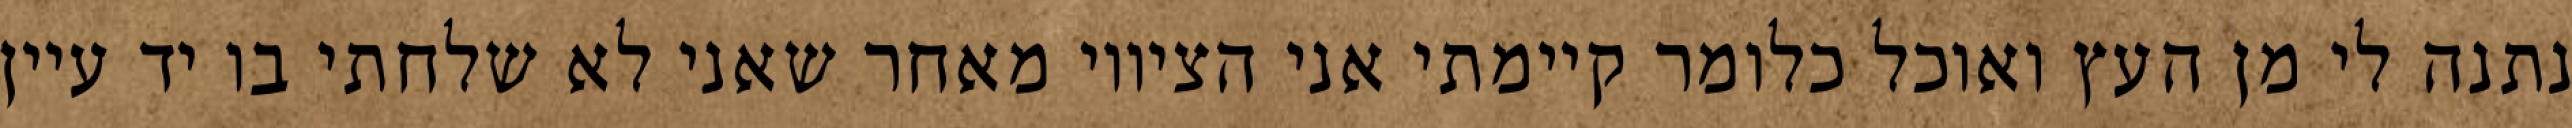
נתנה לי מן העץ ואוכל כלומר קיימתי אני הציווי מאחר שאני לא שלחתי בו יד עיין